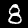
Digit: 8